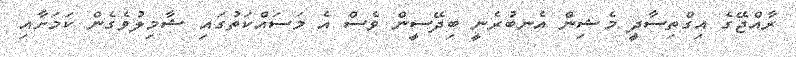
ރާއްޖޭގެ އިގްތިސާދީ މެޝިން އެނބުރެނީ ބިދޭސީން ވެސް އެ މަސައްކަތުގައި ޝާމިލުވެގެން ކަމަށާއި